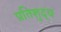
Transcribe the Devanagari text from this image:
प्रतिशुद्ध